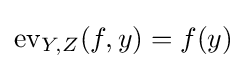
\mathrm {ev} _{Y,Z}(f,y)=f(y)